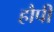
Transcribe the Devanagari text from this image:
हौपी